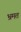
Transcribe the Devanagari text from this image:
भ्रमत